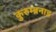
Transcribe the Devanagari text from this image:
कुरुम्ब्रनाड